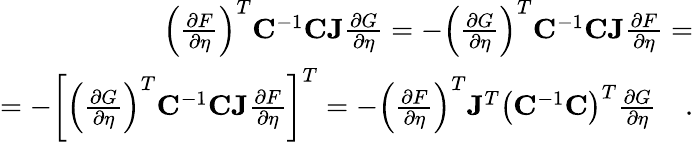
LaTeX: \begin{array}{r}{\left(\frac{\partial F}{\partial\eta}\right)^{T}\mathbf{C}^{-1}\mathbf{CJ}\frac{\partial G}{\partial\eta}=-\left(\frac{\partial G}{\partial\eta}\right)^{T}\mathbf{C}^{-1}\mathbf{CJ}\frac{\partial F}{\partial\eta}=}\\ {=-\left[\left(\frac{\partial G}{\partial\eta}\right)^{T}\mathbf{C}^{-1}\mathbf{CJ}\frac{\partial F}{\partial\eta}\right]^{T}=-\left(\frac{\partial F}{\partial\eta}\right)^{T}\mathbf{J}^{T}\left(\mathbf{C}^{-1}\mathbf{C}\right)^{T}\frac{\partial G}{\partial\eta}\quad.}\end{array}